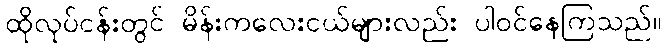
ထိုလုပ်ငန်းတွင် မိန်းကလေးငယ်များလည်း ပါဝင်နေကြသည်။